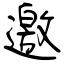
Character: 邀